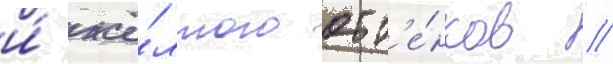
и́ жё́лтого отт'е́нков //